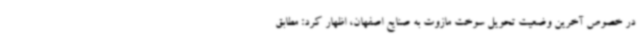
در خصوص آخرین وضعیت تحویل سوخت مازوت به صنایع اصفهان، اظهار کرد: مطابق